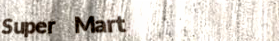
Super Mart